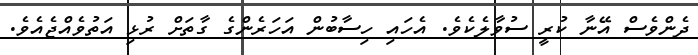
ދެންވެސް އޭނާ ކުރީ ސުވާލެކެވެ. އެހައި ހިސާބުން އަހަރެންގެ ގާތަށް ރުޅި އަތުވެއްޖެއެވެ.